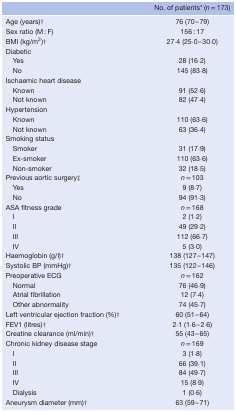
<table><thead><tr><td></td><td><b>No. of patients* (<i>n</i> = 173)</b></td></tr></thead><tbody><tr><td>Age (years)†</td><td>76 (70–79)</td></tr><tr><td>Sex ratio (M : F)</td><td>156 : 17</td></tr><tr><td>BMI (kg/m<sup>2</sup>)†</td><td>27·4 (25·0–30·0)</td></tr><tr><td>Diabetic</td><td></td></tr><tr><td>Yes</td><td>28 (16·2)</td></tr><tr><td>No</td><td>145 (83·8)</td></tr><tr><td>Ischaemic heart disease</td><td></td></tr><tr><td>Known</td><td>91 (52·6)</td></tr><tr><td>Not known</td><td>82 (47·4)</td></tr><tr><td>Hypertension</td><td></td></tr><tr><td>Known</td><td>110 (63·6)</td></tr><tr><td>Not known</td><td>63 (36·4)</td></tr><tr><td>Smoking status</td><td></td></tr><tr><td>Smoker</td><td>31 (17·9)</td></tr><tr><td>Ex‐smoker</td><td>110 (63·6)</td></tr><tr><td>Non‐smoker</td><td>32 (18·5)</td></tr><tr><td>Previous aortic surgery‡</td><td><i>n</i> = 103</td></tr><tr><td>Yes</td><td>9 (8·7)</td></tr><tr><td>No</td><td>94 (91·3)</td></tr><tr><td>ASA fitness grade</td><td><i>n</i> = 168</td></tr><tr><td>I</td><td>2 (1·2)</td></tr><tr><td>II</td><td>49 (29·2)</td></tr><tr><td>III</td><td>112 (66·7)</td></tr><tr><td>IV</td><td>5 (3·0)</td></tr><tr><td>Haemoglobin (g/l)†</td><td>138 (127–147)</td></tr><tr><td>Systolic BP (mmHg)†</td><td>135 (122–146)</td></tr><tr><td>Preoperative ECG</td><td><i>n</i> = 162</td></tr><tr><td>Normal</td><td>76 (46·9)</td></tr><tr><td>Atrial fibrillation</td><td>12 (7·4)</td></tr><tr><td>Other abnormality</td><td>74 (45·7)</td></tr><tr><td>Left ventricular ejection fraction (%)†</td><td>60 (51–64)</td></tr><tr><td>FEV1 (litres)†</td><td>2·1 (1·6–2·6)</td></tr><tr><td>Creatine clearance (ml/min)†</td><td>55 (43–65)</td></tr><tr><td>Chronic kidney disease stage</td><td><i>n</i> = 169</td></tr><tr><td>I</td><td>3 (1·8)</td></tr><tr><td>II</td><td>66 (39·1)</td></tr><tr><td>III</td><td>84 (49·7)</td></tr><tr><td>IV</td><td>15 (8·9)</td></tr><tr><td>Dialysis</td><td>1 (0·6)</td></tr><tr><td>Aneurysm diameter (mm)†</td><td>63 (59–71)</td></tr></tbody></table>